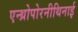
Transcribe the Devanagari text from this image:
एन्थ्रोपोरनीथिनाई